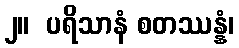
၂။  ပရိသာနံ စတဿန္နံ၊